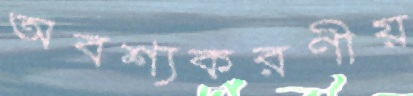
অবশ্যকরণীয়